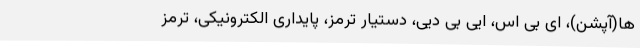
ها(آپشن)، ای بی اس، ایی بی دیی، دستیار ترمز، پایداری الکترونیکی، ترمز